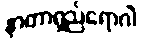
နာတာရှည်ရောဂါ